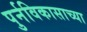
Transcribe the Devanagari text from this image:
पुर्नविकासाच्या